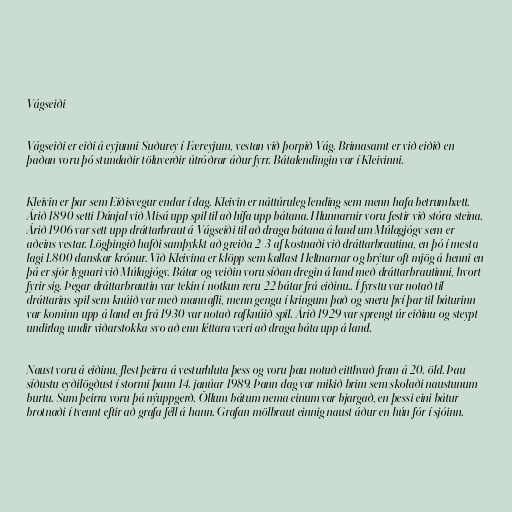
Vágseiði

Vágseiði er eiði á eyjunni Suðurey í Færeyjum, vestan við þorpið Vág. Brimasamt er við eiðið en
þaðan voru þó stundaðir töluverðir útróðrar áður fyrr. Bátalendingin var í Kleivinni.

Kleivin er þar sem Eiðisvegur endar í dag. Kleivin er náttúruleg lending sem menn hafa betrumbætt.
Árið 1890 setti Dánjal við Misá upp spil til að hífa upp bátana. Hlunnarnir voru festir við stóra steina.
Árið 1906 var sett upp dráttarbraut á Vágseiði til að draga bátana á land um Múlagjógv sem er
aðeins vestar. Lögþingið hafði samþykkt að greiða 2/3 af kostnaði við dráttarbrautina, en þó í mesta
lagi 1.800 danskar krónur. Við Kleivina er klöpp sem kallast Heltnarnar og brýtur oft mjög á henni en
þá er sjór lygnari við Múlagjógv. Bátar og veiðin voru síðan dregin á land með dráttarbrautinni, hvort
fyrir sig. Þegar dráttarbrautin var tekin í notkun reru 22 bátar frá eiðinu.. Í fyrstu var notað til
dráttarins spil sem knúið var með mannafli, menn gengu í kringum það og sneru því þar til báturinn
var kominn upp á land en frá 1930 var notað rafknúið spil. Árið 1929 var sprengt úr eiðinu og steypt
undirlag undir viðarstokka svo að enn léttara væri að draga báta upp á land.

Naust voru á eiðinu, flest þeirra á vesturhluta þess og voru þau notuð eitthvað fram á 20. öld. Þau
síðustu eyðilögðust í stormi þann 14. janúar 1989. Þann dag var mikið brim sem skolaði naustunum
burtu. Sum þeirra voru þá nýuppgerð. Öllum bátum nema einum var bjargað, en þessi eini bátur
brotnaði í tvennt eftir að grafa féll á hann. Grafan mölbraut einnig naust áður en hún fór í sjóinn.